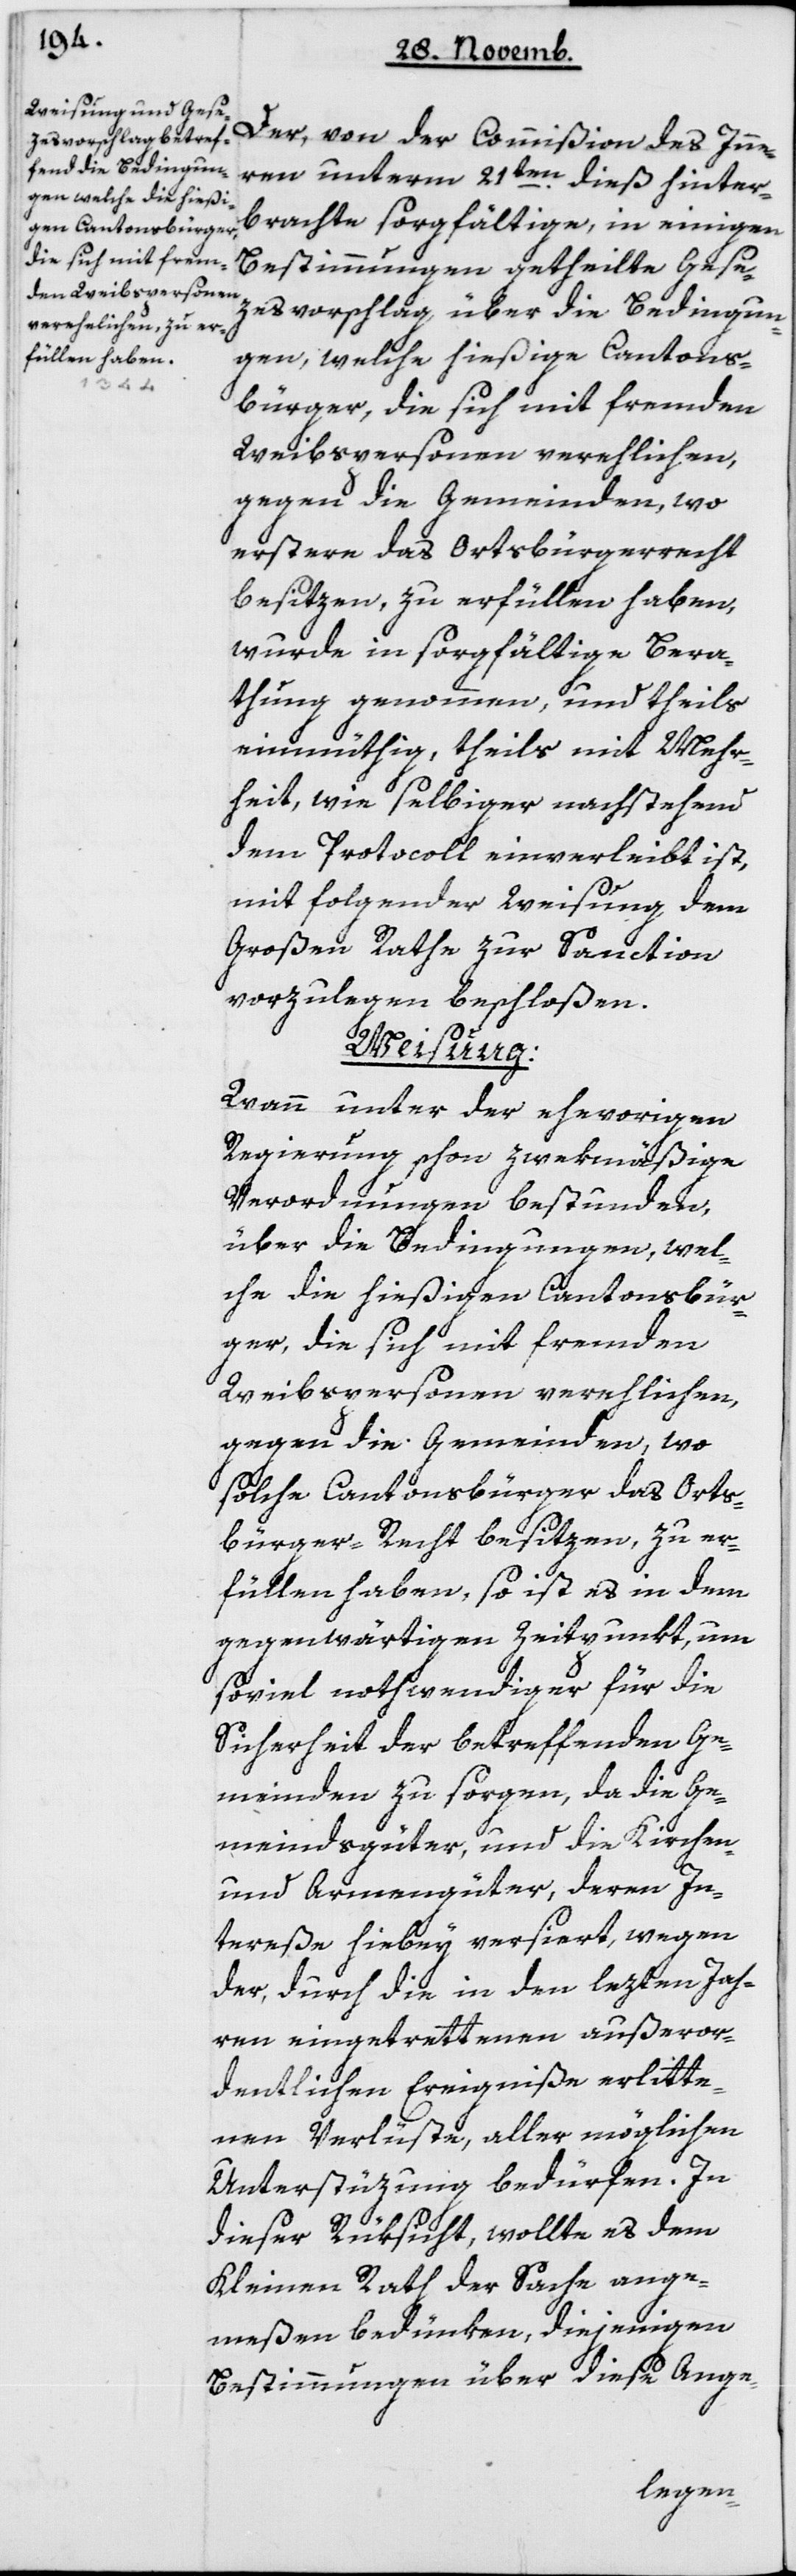
Der von der Commißion des Inne¬
rn unterm 21ten dieß hinter¬
brachte sorgfältige, in einigen
Bestimmungen getheilte Gese¬
zesvorschlag über die Bedingun¬
gen, welche hießige Cantons¬
bürger, die sich mit fremden
Weibspersonen verehelichen,
gegen die Gemeinden, wo
erstere das Ortsbürgerrecht
besitzen, zu erfüllen haben,
wurde in sorgfältige Bera¬
thung genommen, und theils
einmüthig, theils mit Mehr¬
heit, wie selbiger nachstehend
dem Protocoll einverleibt ist,
mit folgender Weisung, dem
Großen Rathe zur Sanction
vorzulegen beschloßen.
Weisung:
Wann unter der ehevorigen
Regierung schon zwekmäßige
Verordnungen bestunden,
über die Bedingungen, wel¬
che die hießigen Kantonsbür¬
ger, die sich mit fremden
Weibspersonen verehelichen,
gegen die Gemeinden, wo
solche Kantonsbürger das Orts¬
bürger-Recht besitzen, zu er¬
füllen haben, so ist es in dem
gegenwärtigen Zeitpunkt, um
soviel nothwendiger für die
Sicherheit der betreffenden Ge¬
meinden zu sorgen, da die Ge¬
meindsgüter und die Kirchen-
und Armengüter, deren In¬
tereße hierbey versiert, wegen
der, durch die in den lezten Jah¬
ren eingetrettenen außeror¬
dentlichen Ereigniße erlitte¬
nen Verlüste, aller möglichen
Unterstüzung bedürfen. In
dieser Rüksicht, wollte es dem
Kleinen Rath der Sache ange¬
meßen bedünken, diejenigen
Bestimmungen über diese Ange-